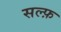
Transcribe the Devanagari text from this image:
सल्फ़